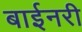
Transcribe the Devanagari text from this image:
बाईनरी